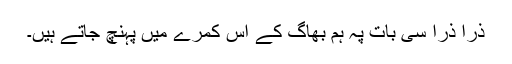
ذرا ذرا سی بات پہ ہم بھاگ کے اس کمرے میں پہنچ جاتے ہیں۔